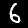
Label: 6